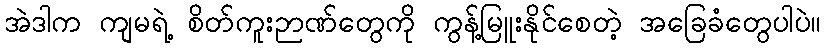
အဲဒါက ကျမရဲ့ စိတ်ကူးဉာဏ်တွေကို ကွန့်မြူးနိုင်စေတဲ့ အခြေခံတွေပါပဲ။